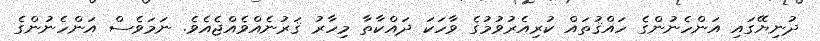
ދުނިޔޭގައި އަންހެނުންގެ ހައްޤުތައް ކުރިއެރުވުމުގެ ވާހަކަ ދައްކާތާ މިހާރު ޤަރުނެއްވެއްޖެއެވެ. ނަމަވެސް އަންހެނުންގެ